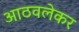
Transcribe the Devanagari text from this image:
आठवलेकर